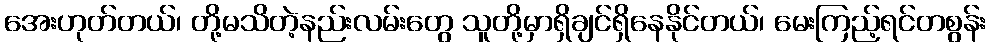
အေးဟုတ်တယ်၊ တို့မသိတဲ့နည်းလမ်းတွေ သူတို့မှာရှိချင်ရှိနေနိုင်တယ်၊ မေးကြည့်ရင်တစွန်း